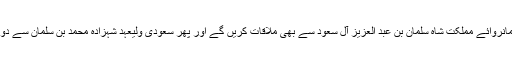
عمران خان خادم حرمین شریفین اور فرمانروائے مملکت شاہ سلمان بن عبد العزیز آل سعود سے بھی ملاقات کریں گے اور پھر سعودی ولیعہد شہزادہ محمد بن سلمان سے دو طرفہ تعلقات پر تبادلہ خیال کریں گے۔